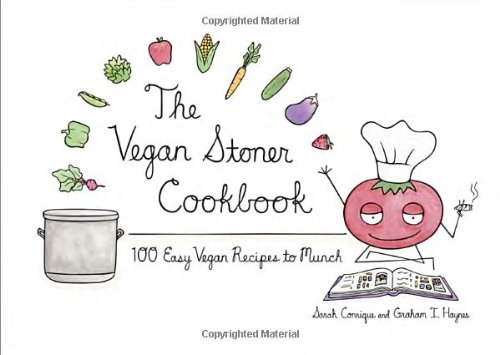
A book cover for The Vegan Stoner Cookbook: 100 Easy Vegan Recipes to Munch; Sarah Conrique; Cookbooks, Food & Wine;